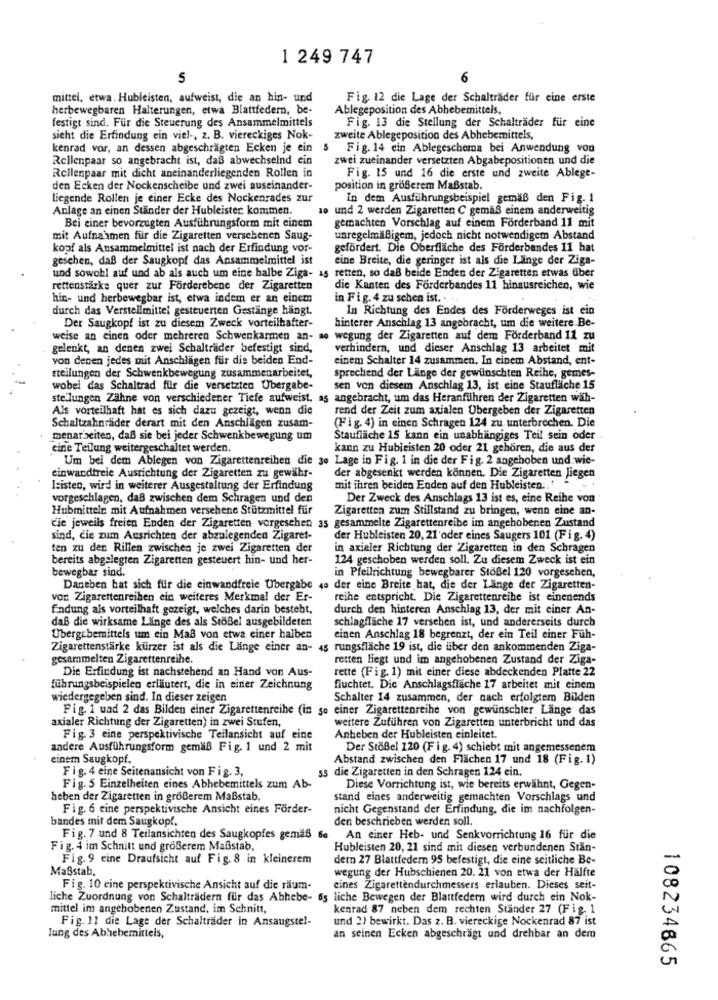
1 249 747
5
6
mittel, etwa. Hubleisten, aufweist, die an hin- und
Fig. 12 die Lage der Schalträder für eine erste
herbewegbaren Halterungen, etwa Blattfedern, be-
Ablegeposition des Abhebemittels,
festigt sind. Für die Steuerung des Ansammelmittels
Fig. 13 die Stellung der Schaltrader für eine
sieht die Erfindung ein viel -, z. B. viereckiges Nok-
zweite Ablegeposition des Abhebemittels,
kenrad vor, an dessen abgeschrägten Ecken je ein
5
Fig. 14 ein Ablegeschema bei Anwendung von
Rellenpaar so angebracht ist, daß abwechselnd ein
zwei zueinander versetzten Abgabepositionen und die
Rellenpaar mit dicht aneinanderliegenden Rollen in
Fig. 15 und 16 die erste und zweite Ablege-
den Ecken der Nockenscheibe und zwei auseinander-
position in größerem Maßstab.
liegende Rollen je einer Ecke des Nockenrades zur
In dem Ausführungsbeispiel gemäß den Fig. 1
Anlage an einen Stander der Hubleister kommen.
10 und 2 werden Zigaretten C gemäß einem anderweitig
Bei einer bevorzugten Ausführungsform mit einem
gemachten Vorschlag auf einem Förderband 11 mit
mit Aufnahmen für die Zigaretten verschenen Saug-
unregelmäßigem, jedoch nicht notwendigem Abstand
kopf als Ausammelmittel ist nach der Erfindung vor-
gefördert. Die Oberfläche des Förderbandes 11 hat
geschen, daß der Saugkopf das Ansammelmittel ist
eine Breite, die geringer ist als die Länge der Ziga-
und sowohl auf und ab als auch um eine halbe Ziga- as retten, so daß beide Enden der Zigaretten etwas über
rettenstärke quer zur Forderebene der Zigaretten
die Kanten des Forderbandes 11 hinausreichen, wie
hin- und herbewegbar ist, etwa indem er an einem
in Fig. 4 zu schen ist. . ..
durch das Verstellmittel gesteuerten Gestänge hängt.
In Richtung des Endes des Forderweges ist ein
Der Saugkopf ist zu diesem Zweck vorteilhafter-
hinterer Anschlag 13 angebracht, um die weitere Be-
weise an einen oder mehreren Schwenkarmen an- se wegung der Zigaretten auf dem Förderband 11 zu
gelenkt, an denen zwei Schaltrader befestigt sind,
verhindern, und dieser Anschlag 13 arbeitet mit
von denen jedes mit Anschlägen für die beiden End-
einem Schalter 14 zusammen. In einem Abstand, ent-
steilungen der Schwenkbewegung zusammenarbeitet,
sprechend der Länge der gewilnschten Reihe, gemes-
wobei das Schaltrad für die versetzten Übergabe-
sen von diesem Anschlag 13, ist eine Staufläche 15
stellungen Zähne von verschiedener Tiefe aufweist. as angebracht, um das Heranführen der Zigaretten wäh-
Als vorteilhaft hat es sich dazu gezeigt, wenn die
rend der Zeit zum axialen Übergeben der Zigaretten
Schaltzahnräder derart mit den Anschlägen zusam-
(Fig. 4) in einen Schragen 124 zu unterbrechen. Die
menarbeiten, daß sie bei jeder Schwenkbewegung um
Stauflache 15 kann ein unabhängiges Teil sein oder
eine Teilung weitergeschaltet werden.
kann zu Hubleisten 20 oder 21 gehören, die aus der
Um bei dem Ablegen von Zigarettenreihen die 30 Lage in Fig. 1 in die der Fig. 2 angehoben und.wie-
einwandfreie Ausrichtung der Zigaretten zu gewähr-
der abgesenkt werden können. Die Zigaretten liegen
Izisten, wird in weiterer Ausgestaltung der Erfindung
mit ihren beiden Enden auf den Hubleisten .. '
vorgeschlagen, daß zwischen dem Schragen und den
Der Zweck des Anschlags 13 ist es, eine Reihe von
Hubmitteln mit Aufnahmen versehene Stutzmittel für
Zigaretten zum Stillstand zu bringen, wenn eine an-
die jeweils freien Enden der Zigaretten vorgesehen 35 gesammelte Zigarettenreibe im angehobenen Zustand
sind, die zum Ausrichten der abzulegenden Zigaret-
der Hubleisten 20, 21'oder eines Saugers 101 (Fig. 4)
ten zu den Rillen zwischen je zwei Zigaretten der
in axialer Richtung der Zigaretten in den Schragen
bereits abgelegten Zigaretten gesteuert hin- und her-
124 geschoben werden soll. Zu diesem Zweck ist ein
bewegbar sind.
in Pfeilrichtung bewegbarer Stößel 120 vorgesehen,
Daneben hat sich für die einwandfreie Übergabe 4e der eine Breite hat, die der Länge der Zigaretten-
vor Zigarettenreihen ein weiteres Merkmal der Er-
reihe entspricht. Die Zigarettenreihe ist einenends
Endung als vorteilhaft gezeigt, welches darin besteht,
durch den hinteren Anschlag 13, der mit einer An-
daß die wirksame Länge des als StöBel ausgebildeten
schlagfläche 17 versehen ist, und andererseits durch
Ubergebemittels um ein Mal von etwa einer halben
einen Anschlag 18 begrenzt, der ein Teil einer Füh-
Zigarettenstärke kürzer ist als die Länge einer an-
45 rungsfläche 19 ist, die über den ankommenden Ziga-
gesammelten Zigarettenreihe.
retten liegt und im angehobenen Zustand der Ziga-
Die Erfindung ist nachstehend an Hand von Aus-
rette (Fig. 1) mit einer diese abdeckenden Platte 22
führungsbeispielen erläutert, die in einer Zeichnung
fiuchtet. Die Anschlagsflache 17 arbeitet mit einem
wiedergegeben sind. In dieser zeigen
Schalter 14 zusammen, der nach erfolgtem Bilden
Fig. 1 und 2 das Bilden einer Zigarettenreihe (in so einer Zigarettenreihe von gewünschter Länge das
axialer Richtung der Zigaretten) in zwei Stufen,
weitere Zuführen von Zigaretten unterbricht und das
Fig. 3 eine perspektivische Teilansicht auf eine
Anheben der Hubleisten einleitet.
andere Ausführungsform gemäß Fig. 1 und 2 mit
Der Stoßel 120 (Fig. 4) schiebt mit angemessenem
einem Saugkopf,
Abstand zwischen den Flächen 17 und 18 (Fig. 1)
Fig. 4 eine Seitenansicht von Fig. 3,
55 die Zigaretten in den Schragen 124 ein.
Fig. 5 Einzelheiten eines Abhebemittels zum Ab-
Diese Vorrichtung ist, wie bereits erwähnt, Gegen-
heben der Zigaretten in größerem Maßstab,
stand eines anderweitig gemachten Vorschlags und
Fig. 6 eine perspektivische Ansicht eines Förder-
nicht Gegenstand der Erfindung, die im nachfolgen-
bandes mit dem Saugkopf,
den beschrieben werden soll.
Fig. 7 und 8 Teilansichten des Saugkopfes gemäß 6a
An einer Heb- und Senkvorrichtung 16 für die
Fig. 4 im Schnitt und größerem Maßstab,
Hubleisten 20, 21 sind mit diesen verbundenen Stan-
Fig. 9 eine Draufsicht auf Fig. 8 in kleinerem
dern 27 Blattfedern 95 befestigt, die eine seitliche Be-
Maßstab,
wegung der Hubschienen 20. 21 von etwa der Hälfte
Fig. 10 eine perspektivische Ansicht auf die räum-
eines Zigarettendurchmessers erlauben. Dieses seit-
liche Zuordnung von Schalträdern für das Abhebe- 65 liche Bewegen der Blattfedern wird durch ein Nok-
mittel im angehobenen Zustand, im Schnitt,
kenrad 87 neben dem rechten Ständer 27 (Fig. 1
Fig. 11 die Lage der Schalträder in Ansaugstel-
und 2) bewirkt. Das z. B. viereckige Nockenrad 87 ist
Jung des Abhebemitteis,
an seinen Ecken abgeschrägt und drehbar an dem
108234665